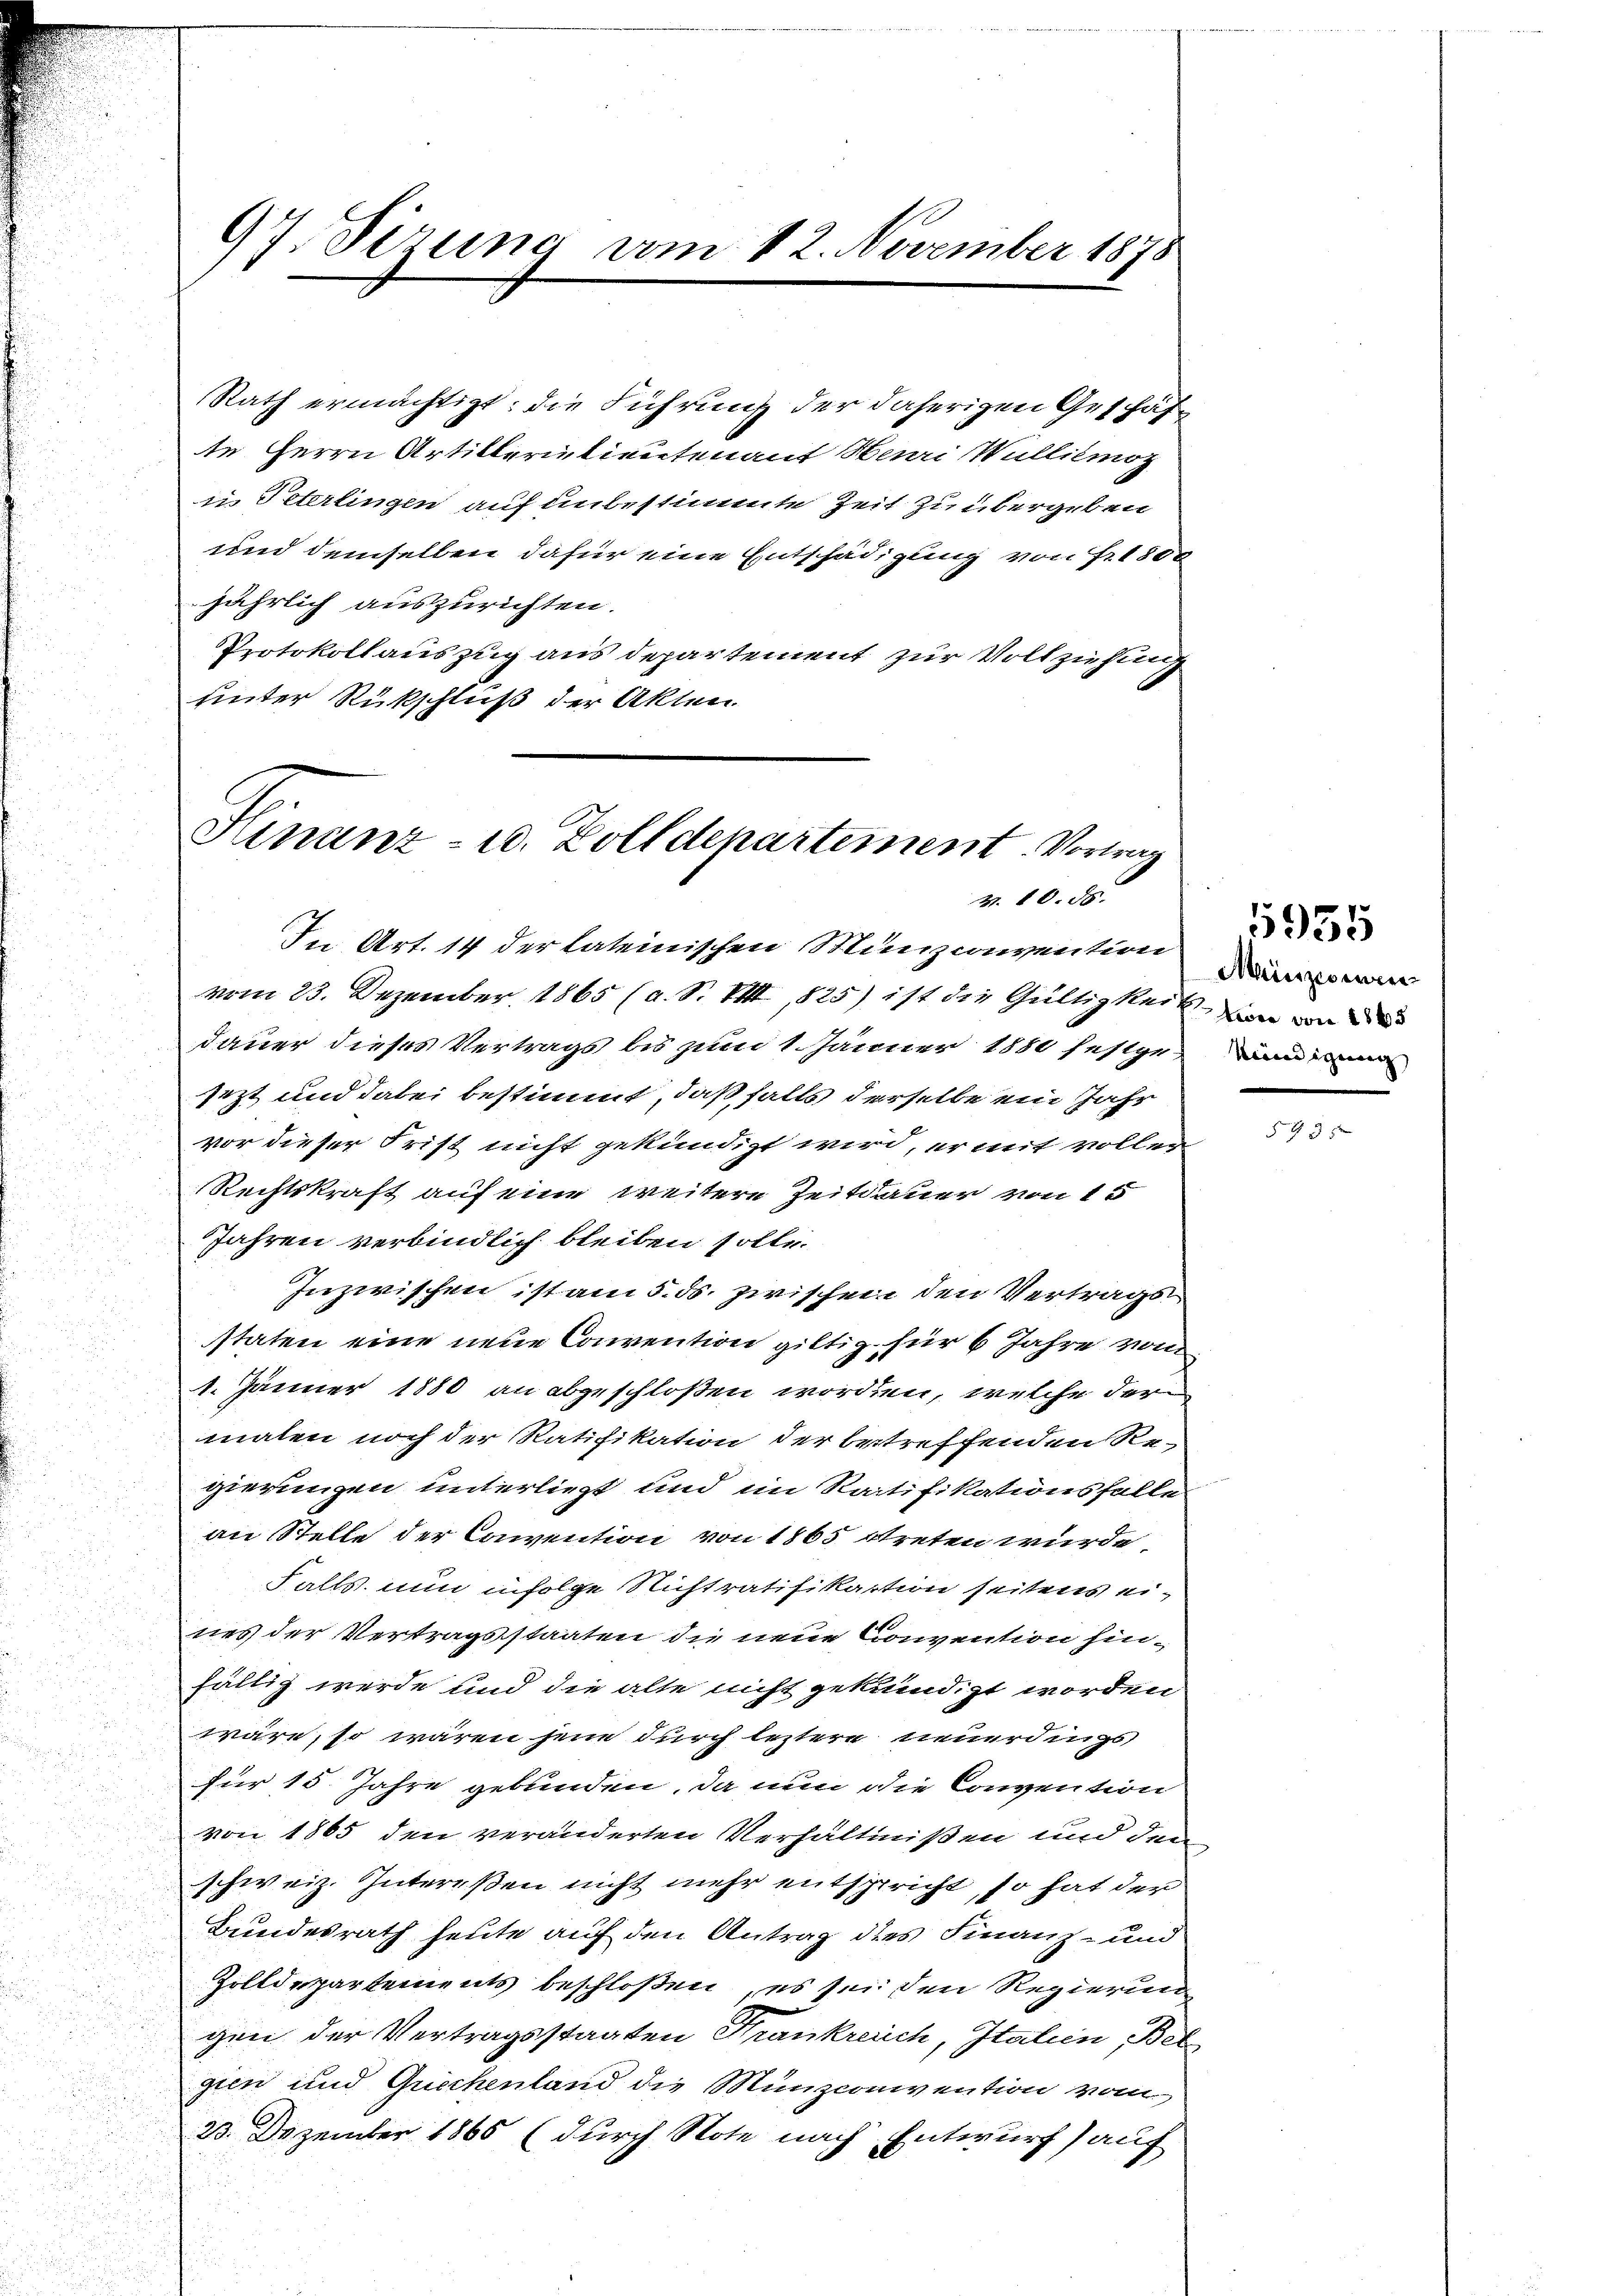
Rath ermächtigt: die Führung der daherigen Geschäfte Herrn Artillerintientenant Henri Wullilmoz
i Peterlingen auf unbestimmte Zeit zu übergeben
und demselben dafür eine Entschädigung von Fr. 1500
jährlich auszurichten.
Protokollauszug aus departement zur Vollziehung
unter Rückschluß der Akten.

97. Sirung am 12. November 1878

Hinanz- u. Zolldepartement. Vortrag
V. 10. d.

In Art. 14 der lateinischen Munzconvention
vom 23. Dezember 1865 (a. S. Pkt. 825) ist die Gültigkeit, in mi
dauer dieses Vertrags bis zum 1. Jänner 1880 festgesezt und dabei bestimmt, daß falls derselbe ein Jahr
vor dieser Frist nicht gekündigt wird, er mit voller
Rechtskraft auf eine weitere Zeitdauer von 15
Jahren verbindlich bleiben solle.
Inzwischen ist am 5. ds. zwischen den Vertragsstaten eine neue Convention giltig für 6 Jahre von
1. Jänner 1880 an abgeschloßen worden, welche der
malen noch der Ratifikation der betreffenden Re-
gierungen unterliegt und im Ratifikationsfalle
an Stelle der Convention von 1865 streten wurde,
Falls nun infolge Nichtratifikation seitens eines der Vertragsstaaten die neue Convention hinfällig werde und die alte nicht gekündigt worden
wäre, so waren jene durch leztere neuerdings
für 15 Jahre gebunden, da nun die Convention
von 1865 den veränderten Verhältnißen und dem
schweiz. Intereßen nicht mehr entspricht, so hat der
Bundesrath heute auf den Antrag dies Finanz- und
Zolldepartements beschloßen, es sei den Regierun
gen der Vertragsstaaten Krankreich, Italien, Bel
gien und Quichenland die Münzconvention vom
23. Dezember 1865 (durch Note nach Entwurf) auf

Minzessuren
Kind gewer

5935